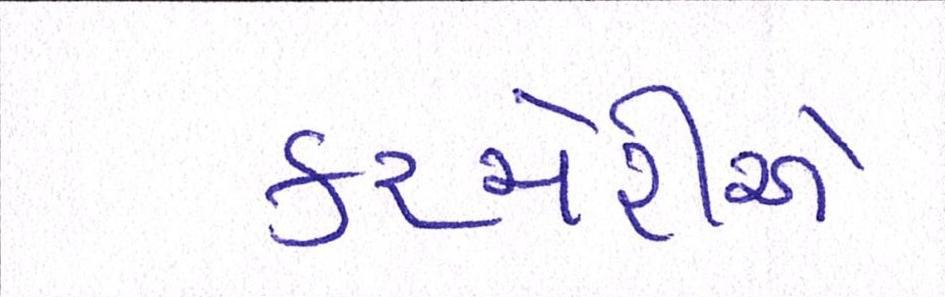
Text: કચેરીએ